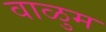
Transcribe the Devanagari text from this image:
वाळुम